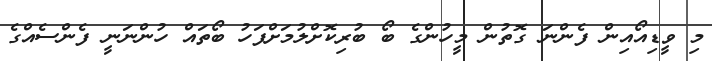
މި ވީޑިއޯއިން ފެންނަ ގޮތުން މީހުންގެ ބޯ ބުރިކޮށްލުމަށްފަހު ބޯތައް ހުންނަނީ ފެންސެއްގެ